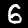
Digit: 6